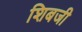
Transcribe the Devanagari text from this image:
शिबजी